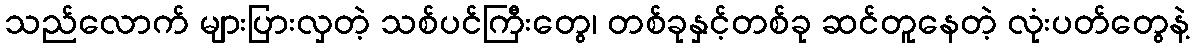
သည်လောက် များပြားလှတဲ့ သစ်ပင်ကြီးတွေ၊ တစ်ခုနှင့်တစ်ခု ဆင်တူနေတဲ့ လုံးပတ်တွေနဲ့